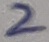
Text: 2